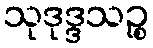
သုဒုဒ္ဒသဉ္စ